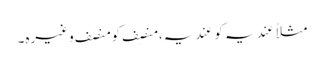
مثلاً عِندیہ کو عَندیہ، منصِف کو منصَف وغیرہ۔